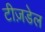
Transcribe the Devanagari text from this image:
टीज़डेल